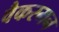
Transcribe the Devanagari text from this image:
वैकरमन